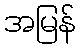
အမြန်